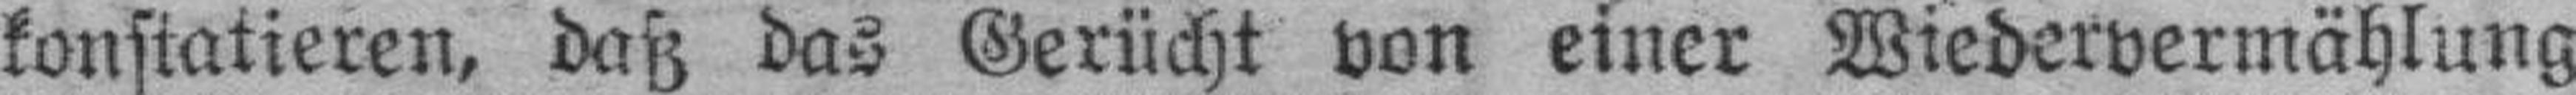
konstatieren, daß das Gerücht von einer Wiedervermählung